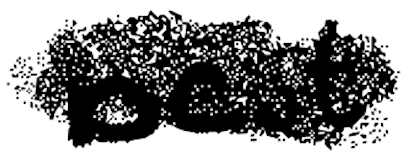
Text: best
Cross-out: scratch
Writing tool: digital_black